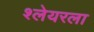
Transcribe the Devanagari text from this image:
श्लेयरला